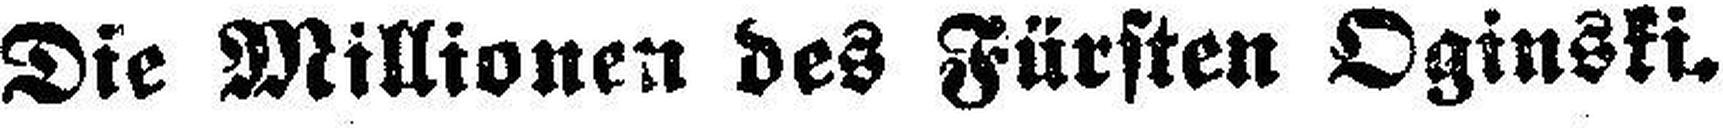
Die Millionen des Fürsten Oginski.